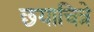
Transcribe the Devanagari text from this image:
छयाचित्रे